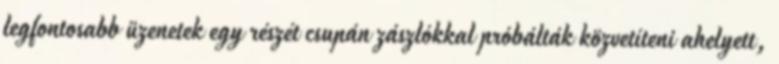
legfontosabb üzenetek egy részét csupán zászlókkal próbálták közvetíteni ahelyett,